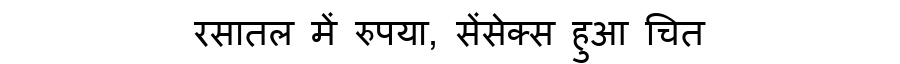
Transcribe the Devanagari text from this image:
रसातल में रुपया, सेंसेक्स हुआ चित